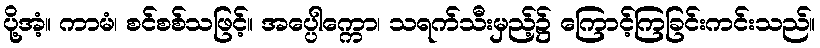
ပို့အံ့။ ကာမံ၊ စင်စစ်သဖြင့်။ အပ္ပေါက္ကော၊ သရက်သီးမှည့်၌ ကြောင့်ကြခြင်းကင်းသည်။